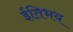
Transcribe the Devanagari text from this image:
ईतिभय